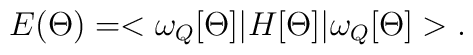
E(\Theta) = <\omega_Q[\Theta]|H[\Theta]|\omega_Q[\Theta]>.